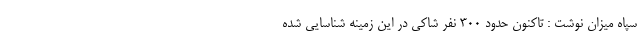
سپاه میزان نوشت : تاکنون حدود ۳۰۰ نفر شاکی در این زمینه شناسایی شده‌